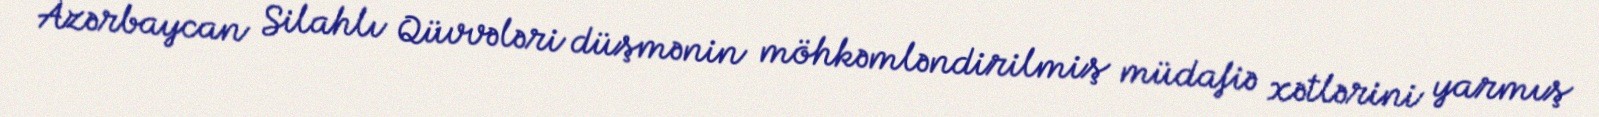
Azərbaycan Silahlı Qüvvələri düşmənin möhkəmləndirilmiş müdafiə xətlərini yarmış